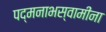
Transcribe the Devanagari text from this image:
पद्मनाभस्वामींना